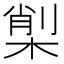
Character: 𣕇